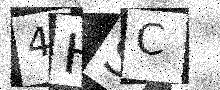
Text: 4HSC